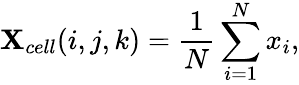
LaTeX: {\mathbf{X}_{cell}}(i,j,k)=\frac{{1}}{{N}}\sum_{i=1}^{N}x_{i},